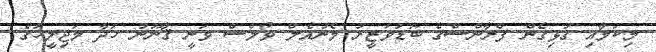
މިކަމާއި ގުޅިގެން ފްރާންސްގެ ބޮޑުވަޒީރު މެނުއެލް ވޯލްސް ވަނީ ޤާނޫނު ހަދާ މަޖިލީހުގެ